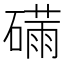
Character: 𮁆